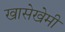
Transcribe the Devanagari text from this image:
खासेखेमी